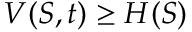
V ( S , t ) \geq H ( S )